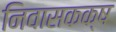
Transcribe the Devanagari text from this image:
निवासकक्ष